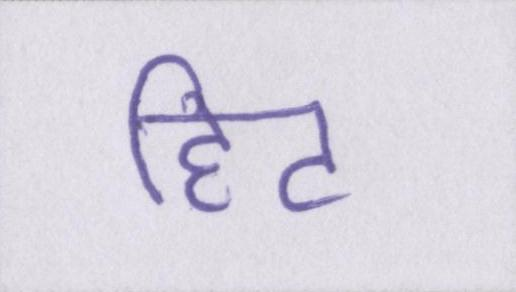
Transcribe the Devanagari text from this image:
हिट